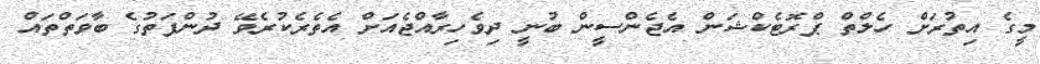
މީގެ އިތުރަށް ހެލްތް ޕްރޮޓެކްޝަން އެޖެންސީން ބުނީ ދިވެހިރާއްޖެއަށް އެތެރެކުރެވޭ ދުންފަތުގެ ބާވަތްތައް